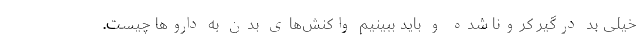
خیلی بد درگیرِ کرونا شده و باید ببینیم واکنش‌های بدن به داروها چیست.